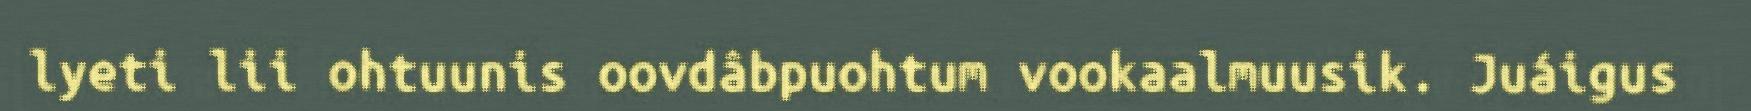
lyeti lii ohtuunis oovdâbpuohtum vookaalmuusik. Juáigus